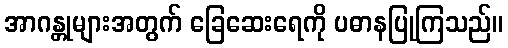
အာဂန္တုများအတွက် ခြေဆေးရေကို ပဓာနပြုကြသည်။